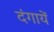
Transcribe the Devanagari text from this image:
दंगायें